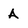
Character: A